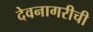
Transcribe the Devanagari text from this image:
देवनागरीची